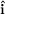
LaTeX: \hat { \mathbf { i } }